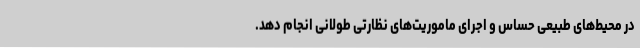
در محیط‌های طبیعی حساس و اجرای ماموریت‌های نظارتی طولانی انجام دهد.